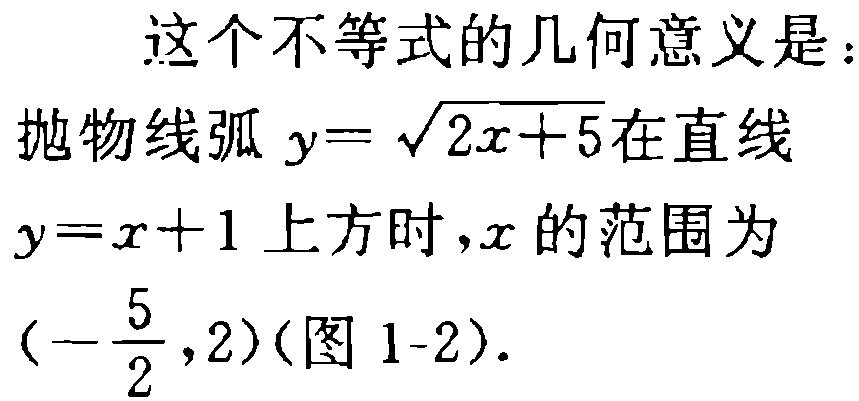
这个不等式的几何意义是：
抛物线弧 \(y = \sqrt{2x + 5}\)在直线
\(y = x + 1\)上方时，\(x\)的范围为
\((-\frac{5}{2}, 2)\)(图 1-2)。